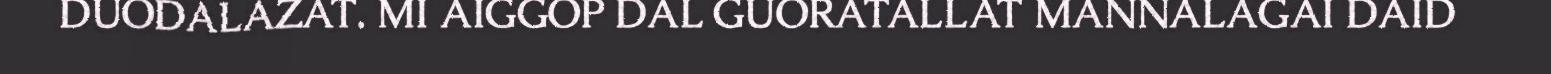
DUODALAZAT. MI AIGGOP DAL GUORATALLAT MANNALAGAI DAID